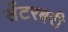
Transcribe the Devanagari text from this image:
सेंटरबरी